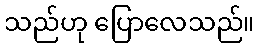
သည်ဟု ပြောလေသည်။